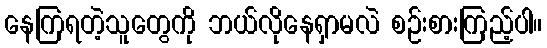
နေကြရတဲ့သူတွေကို ဘယ်လိုနေရှာမလဲ စဉ်းစားကြည့်ပါ။